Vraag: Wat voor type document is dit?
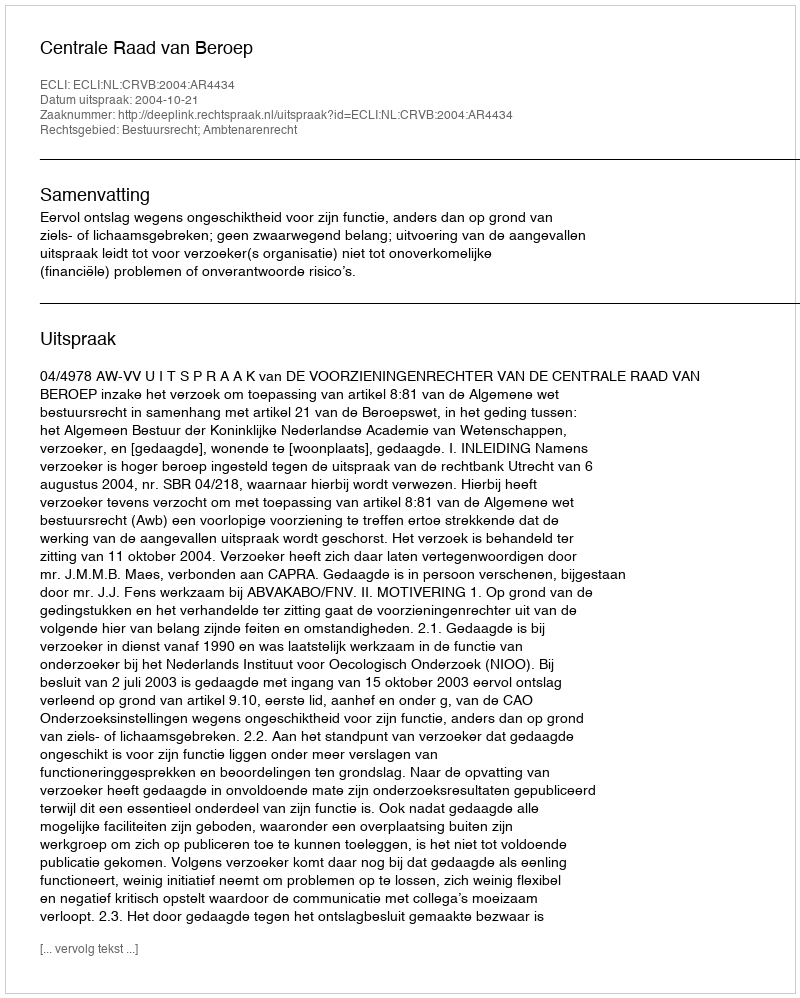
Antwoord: Uitspraak